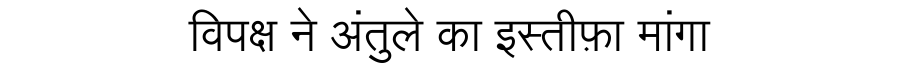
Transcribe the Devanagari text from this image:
विपक्ष ने अंतुले का इस्तीफ़ा मांगा